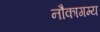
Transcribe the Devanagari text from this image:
नौकागम्य